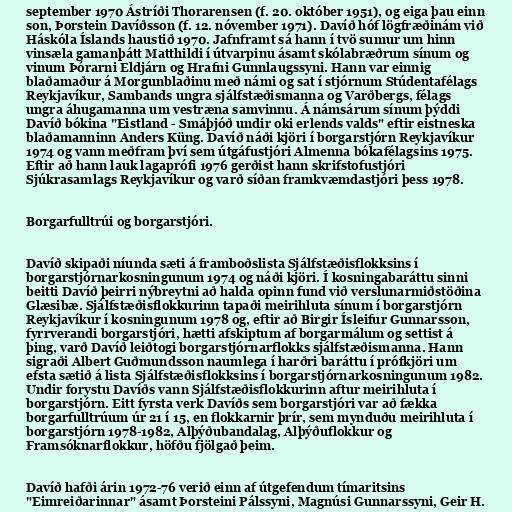
september 1970 Ástríði Thorarensen (f. 20. október 1951), og eiga þau einn
son, Þorstein Davíðsson (f. 12. nóvember 1971). Davíð hóf lögfræðinám við
Háskóla Íslands haustið 1970. Jafnframt sá hann í tvö sumur um hinn
vinsæla gamanþátt Matthildi í útvarpinu ásamt skólabræðrum sínum og
vinum Þórarni Eldjárn og Hrafni Gunnlaugssyni. Hann var einnig
blaðamaður á Morgunblaðinu með námi og sat í stjórnum Stúdentafélags
Reykjavíkur, Sambands ungra sjálfstæðismanna og Varðbergs, félags
ungra áhugamanna um vestræna samvinnu. Á námsárum sínum þýddi
Davíð bókina "Eistland - Smáþjóð undir oki erlends valds" eftir eistneska
blaðamanninn Anders Küng. Davíð náði kjöri í borgarstjórn Reykjavíkur
1974 og vann meðfram því sem útgáfustjóri Almenna bókafélagsins 1975.
Eftir að hann lauk lagaprófi 1976 gerðist hann skrifstofustjóri
Sjúkrasamlags Reykjavíkur og varð síðan framkvæmdastjóri þess 1978.

Borgarfulltrúi og borgarstjóri.

Davíð skipaði níunda sæti á framboðslista Sjálfstæðisflokksins í
borgarstjórnarkosningunum 1974 og náði kjöri. Í kosningabaráttu sinni
beitti Davíð þeirri nýbreytni að halda opinn fund við verslunarmiðstöðina
Glæsibæ. Sjálfstæðisflokkurinn tapaði meirihluta sínum í borgarstjórn
Reykjavíkur í kosningunum 1978 og, eftir að Birgir Ísleifur Gunnarsson,
fyrrverandi borgarstjóri, hætti afskiptum af borgarmálum og settist á
þing, varð Davíð leiðtogi borgarstjórnarflokks sjálfstæðismanna. Hann
sigraði Albert Guðmundsson naumlega í harðri baráttu í prófkjöri um
efsta sætið á lista Sjálfstæðisflokksins í borgarstjórnarkosningunum 1982.
Undir forystu Davíðs vann Sjálfstæðisflokkurinn aftur meirihluta í
borgarstjórn. Eitt fyrsta verk Davíðs sem borgarstjóri var að fækka
borgarfulltrúum úr 21 í 15, en flokkarnir þrír, sem mynduðu meirihluta í
borgarstjórn 1978-1982, Alþýðubandalag, Alþýðuflokkur og
Framsóknarflokkur, höfðu fjölgað þeim.

Davíð hafði árin 1972-76 verið einn af útgefendum tímaritsins
"Eimreiðarinnar" ásamt Þorsteini Pálssyni, Magnúsi Gunnarssyni, Geir H.